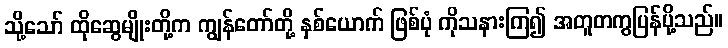
သို့သော် ထိုဆွေမျိုးတို့က ကျွန်တော်တို့ နှစ်ယောက် ဖြစ်ပုံ ကိုသနားကြ၍ အတူတကွပြန်ပို့သည်။